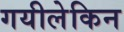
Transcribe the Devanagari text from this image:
गयीलेकिन